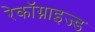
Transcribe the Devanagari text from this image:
रेकॉग्नाइज्ड